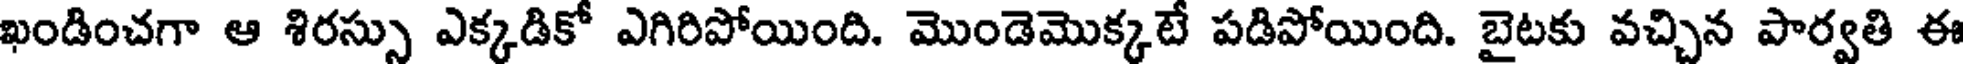
ఖండించగా ఆ శిరస్సు ఎక్కడికో ఎగిరిపోయింది. మొండెమొక్కటే పడిపోయింది. బైటకు వచ్చిన పార్వతి ఈ